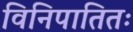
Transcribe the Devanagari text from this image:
विनिपातितः